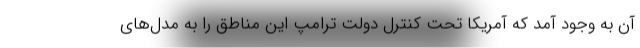
آن به وجود آمد که آمریکا تحت کنترل دولت ترامپ این مناطق را به مدل‌های